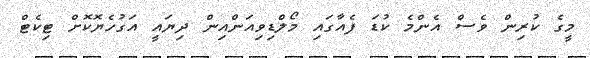
މީގެ ކުރިން ވެސް އެންމެ ކުޑަ ފެއާގައި މޯލްޑިވިއަންއިން ދިޔައީ އަގުހެޔޮކޮށް ޓިކެޓް